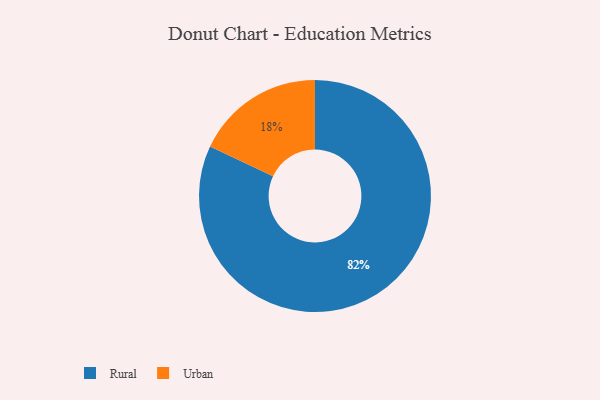
{"axis": {"x": "Category", "y": "Percentage"}, "legend": ["Rural", "Urban"], "data": [{"x": "Rural", "y": 82, "type": "Rural"}, {"x": "Urban", "y": 18, "type": "Urban"}]}